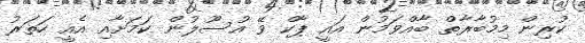
ކުރިން މިމުބާރާތް ބާއްވަމުން އައީ ޕާކް ވޭ އުސޫލުން ކަމަށާއި އެއީ ހަތަރު